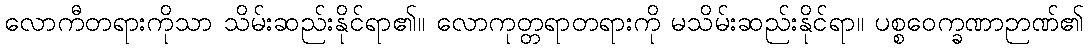
လောကီတရားကိုသာ သိမ်းဆည်းနိုင်ရာ၏။ လောကုတ္တရာတရားကို မသိမ်းဆည်းနိုင်ရာ။ ပစ္စဝေက္ခဏာဉာဏ်၏